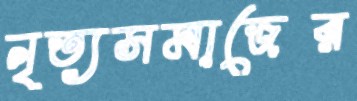
নৃত্যসমাজের